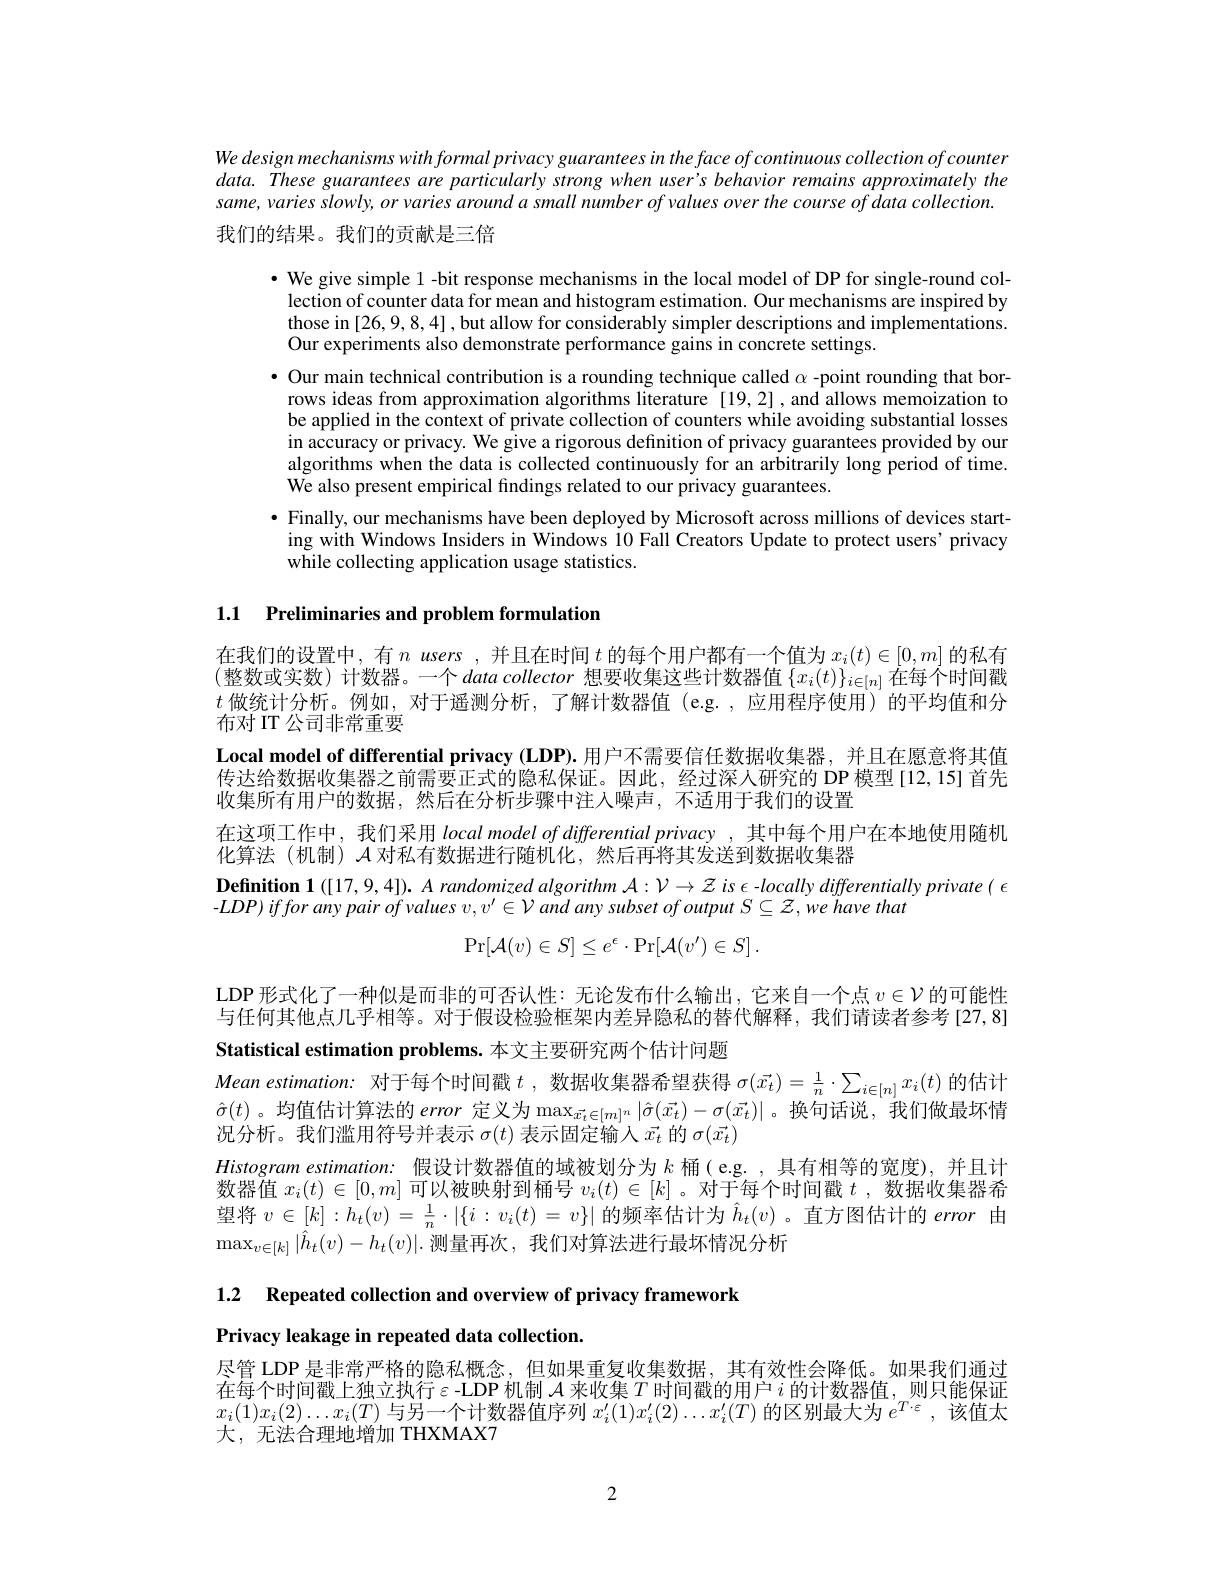
We design mechanisms with formal privacy guarantees in the face of continuous collection of counter data. These guarantees are particularly strong when user's behavior remains approximately the same, varies slowly, or varies around a small number of values over the course of data collection.

我们的结果。我们的贡献是三倍

$\bullet$ We give simple 1 -bit response mechanisms in the local model of DP for single-round col-
lection of counter data for mean and histogram estimation. Our mechanisms are inspired by those in [26,9,8,4] , but allow for considerably simpler descriptions and implementations. Our experiments also demonstrate performance gains in concrete settings.
· Our main technical contribution is a rounding technique called $\alpha$ -point rounding that borrows ideas from approximation algorithms literature [19,2], and allows memoization to be applied in the context of private collection of counters while avoiding substantial losses in accuracy or privacy. We give a rigorous definition of privacy guarantees provided by our algorithms when the data is collected continuously for an arbitrarily long period of time. We also present empirical findings related to our privacy guarantees.
$\bullet$ Finally, our mechanisms have been deployed by Microsoft across millions of devices starting with Windows Insiders in Windows 10 Faill Creators Update to protect users' privacy while collecting application usage statistics.

1.1 Preliminaries and problem formulation

在我们的设置中，有$n$ users ,并且在时间$t$的每个用户都有一个值为$x_i(t)\in[0,m]$的私有(整数或实数)计数器。一个datacollector 想要收集这些计数器值$\{x_i(t)\}_i\in[n]$ 在每个时间戳$t$做统计分析。例如，对于遥测分析，了解计数器值(e.g.,应用程序使用)的平均值和分布对 IT 公司非常重要
Local model of differential privacy (LDP).用户不需要信任数据收集器，并且在愿意将其值传达给数据收集器之前需要正式的隐私保证。因此，经过深人研究的 DP 模型 [12,15] 首先收集所有用户的数据，然后在分析步骤中注人噪声，不适用于我们的设置
在这项工作中，我们采用 local model of differential privacy ,其中每个用户在本地使用随机
化算法(机制)$\mathcal{A}$对私有数据进行随机化，然后再将其发送到数据收集器
$\textbf{Definition 1 }( [ 17, 9, 4] ) . A\textit{ randomized algorithm A}: \mathcal{V} \to \mathcal{Z}$ is $\epsilon$ -locally differentially private( $\epsilon$
$- LDP) ifforanypairofvalues$ $v, v^{\prime }\in \mathcal{V} and$ any subset ofoutput $S\subseteq \mathcal{Z} , we$ have that
$$\operatorname*{Pr}[\mathcal{A}(v)\in S]\leq e^{\epsilon}\cdot\operatorname*{Pr}[\mathcal{A}(v^{\prime})\in S]\:.$$
LDP 形式化了一种似是而非的可否认性：无论发布什么输出，它来自一个点$v\in\mathcal{V}$的可能性与任何其他点几乎相等。对于假设检验框架内差异隐私的替代解释，我们请读者参考[27,8] Statistical estimation problems. 本文主要研究两个估计问题
Mean estimation: 对于每个时间戳$t$ ,数据收集器希望获得$\sigma(\vec{x_t})=\frac1n\cdot\sum_{i\in[n]}x_i(t)$的估计$\hat{\sigma}(t)$。均值估计算法的 error 定义为$\max_{\vec{x}_t\in[m]^n}|\hat{\sigma}(\vec{x_t})-\sigma(\vec{x_t})|$。换句话说，我们做最坏情况分析。我们滥用符号并表示$\sigma(t)$表示固定输人$\vec{x_t}$的$\sigma(\vec{x_t})$
$Histogramestimation:$ 假设计数器值的域被划分为$k$ 桶(e.g.,具有相等的宽度),并且计数器值$x_i(t)\in[0,m]$可以被映射到桶号$v_i(t)\in[k]$ 。对于每个时间戳$t$ ,数据收集器希望将$v\in[k]:h_t(v)=\frac1n\cdot|\{i:v_i(t)=v\}|$的频率估计为$\hat{h}_t(v)$。直方图估计的 error 由$\max_{v\in[k]}|\hat{h}_t(v)-h_t(v)|.$测量再次，我们对算法进行最坏情况分析

1.2 Repeated collection and overview of privacy framework
Privacy leakage in repeated data collection.

尽管 LDP 是非常严格的隐私概念，但如果重复收集数据，其有效性会降低。如果我们通过在每个时间戳上独立执行$\varepsilon$-LDP机制$\mathcal{A}$来收集$T$时间戳的用户$i$的计数器值，则只能保证$x_i(1)x_i(2)\ldots x_i(T)$与另一个计数器值序列$x_i^\prime(1)x_i^{\prime}(2)\ldots x_i^{\prime}(T)$的区别最大为$e^T\cdot\varepsilon$,该值太大，无法合理地增加 THXMAX7

2